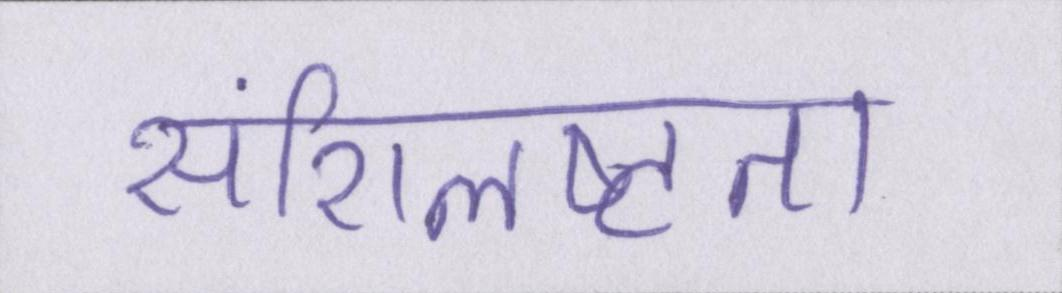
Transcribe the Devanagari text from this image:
संशिलष्टता